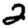
Digit: 2